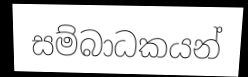
සම්බාධකයන්